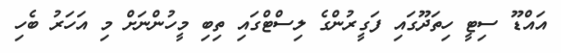
އައްޑޫ ސިޓީ ހިތަދޫގައި ފަގީރުންގެ ލިސްޓްގައި ތިބި މީހުންނަށް މި އަހަރު ބެހި